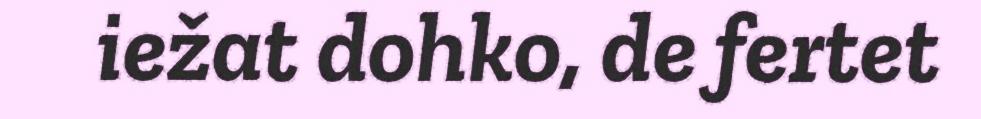
iežat dohko, de fertet